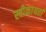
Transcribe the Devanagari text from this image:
स्वीकायर्ता